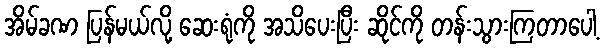
အိမ်ခဏ ပြန်မယ်လို့ ဆေးရုံကို အသိပေးပြီး ဆိုင်ကို တန်းသွားကြတာပေါ့